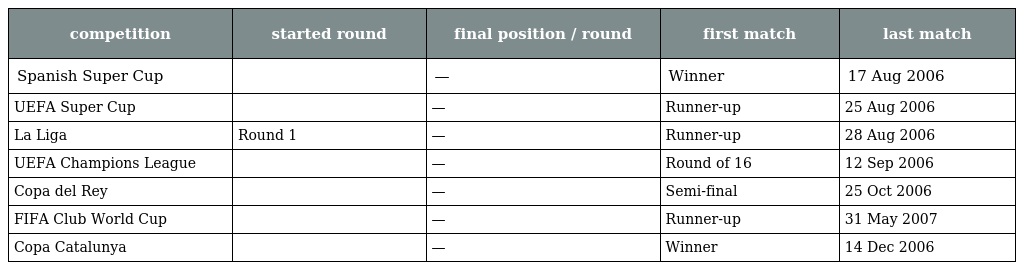
| competition | started round | final position / round | first match | last match |
 | --- | --- | --- | --- | --- |
 | Spanish Super Cup |  | — | Winner | 17 Aug 2006 |
 | UEFA Super Cup |  | — | Runner-up | 25 Aug 2006 |
 | La Liga | Round 1 | — | Runner-up | 28 Aug 2006 |
 | UEFA Champions League |  | — | Round of 16 | 12 Sep 2006 |
 | Copa del Rey |  | — | Semi-final | 25 Oct 2006 |
 | FIFA Club World Cup |  | — | Runner-up | 31 May 2007 |
 | Copa Catalunya |  | — | Winner | 14 Dec 2006 |